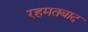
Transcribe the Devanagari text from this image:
रहमतबाद